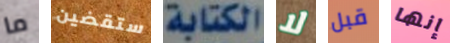
ما ستقضين الكتابة لا قبل إنها